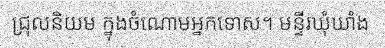
ជ្រុលនិយម ក្នុងចំណោមអ្នកទោស។ មន្ទីរឃុំឃាំង